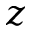
z